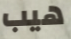
هيب